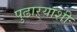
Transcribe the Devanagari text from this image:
पुढाऱ्यांशी